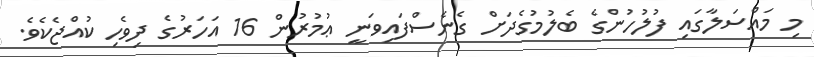
މި މައްސަލާގައި ފުލުހުންގެ ބެލުމުގެދަށް ގެނެސްފައިވަނީ ޢުމުރުން 16 އަހަރުގެ ދިވެހި ކުއްޖެކެވެ.